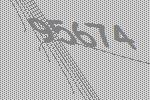
95674